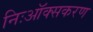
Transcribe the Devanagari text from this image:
निःऑक्सकरण